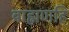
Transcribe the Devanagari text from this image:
ब्राह्मणहि